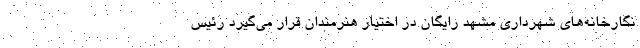
نگارخانه‌های شهرداری مشهد رایگان در اختیار هنرمندان قرار می‌گیرد رئیس